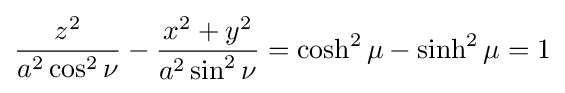
{\frac {z^{2}}{a^{2}\cos ^{2}\nu }}-{\frac {x^{2}+y^{2}}{a^{2}\sin ^{2}\nu }}=\cosh ^{2}\mu -\sinh ^{2}\mu =1